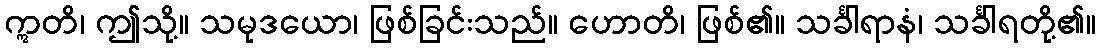
ဣတိ၊ ဤသို့။ သမုဒယော၊ ဖြစ်ခြင်းသည်။ ဟောတိ၊ ဖြစ်၏။ သင်္ခါရာနံ၊ သင်္ခါရတို့၏။